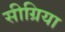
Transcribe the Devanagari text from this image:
सीग्रिया